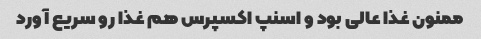
ممنون غذا عالی بود و اسنپ اکسپرس هم غذا رو سریع آورد